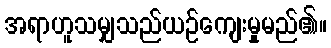
အရာဟူသမျှသည်ယဉ်ကျေးမှုမည်၏။